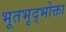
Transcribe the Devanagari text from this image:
भूतभृद्भोक्ता